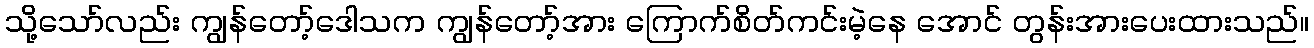
သို့သော်လည်း ကျွန်တော့်ဒေါသက ကျွန်တော့်အား ကြောက်စိတ်ကင်းမဲ့နေ အောင် တွန်းအားပေးထားသည်။